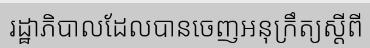
រដ្ឋាភិបាលដែលបានចេញអនុក្រឹត្យស្តីពី